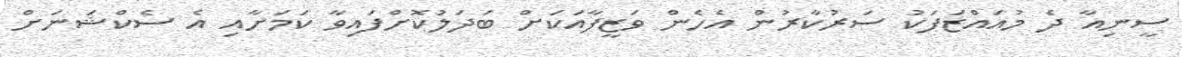
ސީނިއާ ދެ މުއައްޒަފަކު ސަރުކާރުން އެހެން ވަޒީފާއަކަށް ބަދަލުކޮށްފައިވާ ކަމަށާއި އެ ސެކްޝަނަށް